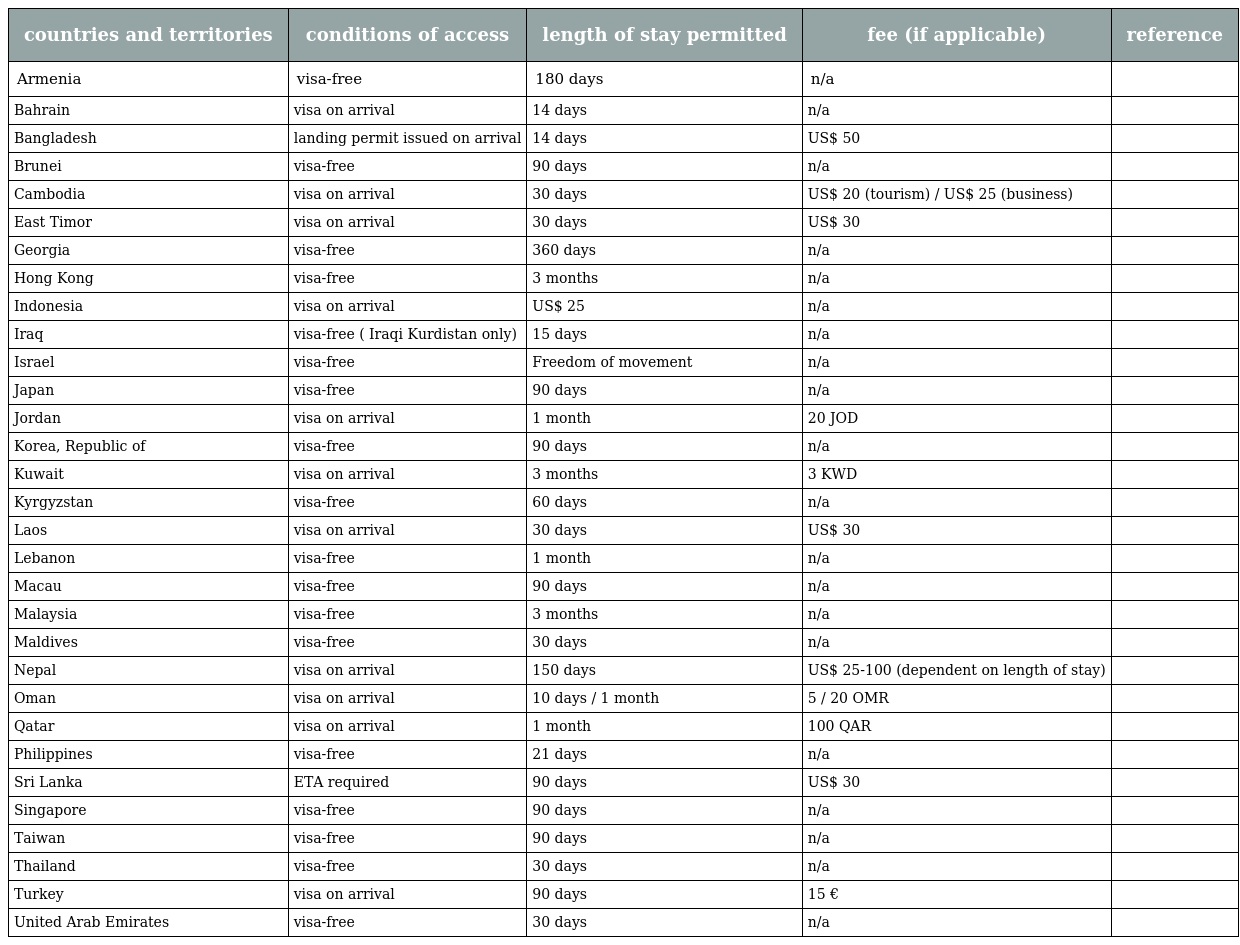
| countries and territories | conditions of access | length of stay permitted | fee (if applicable) | reference |
 | --- | --- | --- | --- | --- |
 | Armenia | visa-free | 180 days | n/a |  |
 | Bahrain | visa on arrival | 14 days | n/a |  |
 | Bangladesh | landing permit issued on arrival | 14 days | US$ 50 |  |
 | Brunei | visa-free | 90 days | n/a |  |
 | Cambodia | visa on arrival | 30 days | US$ 20 (tourism) / US$ 25 (business) |  |
 | East Timor | visa on arrival | 30 days | US$ 30 |  |
 | Georgia | visa-free | 360 days | n/a |  |
 | Hong Kong | visa-free | 3 months | n/a |  |
 | Indonesia | visa on arrival | US$ 25 | n/a |  |
 | Iraq | visa-free ( Iraqi Kurdistan only) | 15 days | n/a |  |
 | Israel | visa-free | Freedom of movement | n/a |  |
 | Japan | visa-free | 90 days | n/a |  |
 | Jordan | visa on arrival | 1 month | 20 JOD |  |
 | Korea, Republic of | visa-free | 90 days | n/a |  |
 | Kuwait | visa on arrival | 3 months | 3 KWD |  |
 | Kyrgyzstan | visa-free | 60 days | n/a |  |
 | Laos | visa on arrival | 30 days | US$ 30 |  |
 | Lebanon | visa-free | 1 month | n/a |  |
 | Macau | visa-free | 90 days | n/a |  |
 | Malaysia | visa-free | 3 months | n/a |  |
 | Maldives | visa-free | 30 days | n/a |  |
 | Nepal | visa on arrival | 150 days | US$ 25-100 (dependent on length of stay) |  |
 | Oman | visa on arrival | 10 days / 1 month | 5 / 20 OMR |  |
 | Qatar | visa on arrival | 1 month | 100 QAR |  |
 | Philippines | visa-free | 21 days | n/a |  |
 | Sri Lanka | ETA required | 90 days | US$ 30 |  |
 | Singapore | visa-free | 90 days | n/a |  |
 | Taiwan | visa-free | 90 days | n/a |  |
 | Thailand | visa-free | 30 days | n/a |  |
 | Turkey | visa on arrival | 90 days | 15 € |  |
 | United Arab Emirates | visa-free | 30 days | n/a |  |